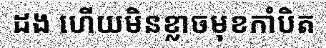
ដង ហើយមិនខ្លាចមុខកាំបិត